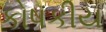
કોષકીય